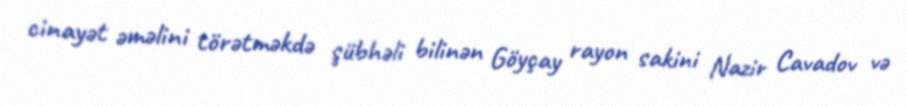
cinayət əməlini törətməkdə şübhəli bilinən Göyçay rayon sakini Nazir Cavadov və